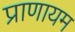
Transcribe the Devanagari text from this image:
प्राणायम